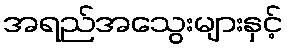
အရည်အသွေးများနှင့်